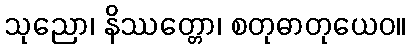
သုညော၊ နိဿတ္တော၊ စတုဓာတုယေဝ။